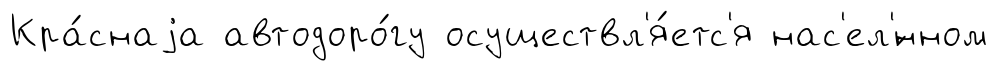
Кра́снаjа автодоро́гу осуществл'я́етс'я нас'ел'́нном